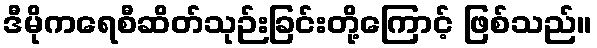
ဒီမိုကရေစီဆိတ်သုဉ်းခြင်းတို့ကြောင့် ဖြစ်သည်။